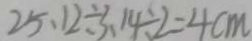
2 5 . 1 2 \div 3 . 1 4 \div 2 = 4 c m